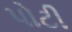
પોટી